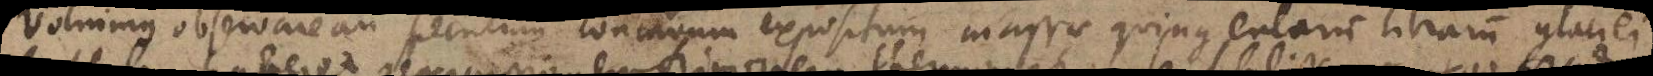
Voluimus observare an speculum concavum expositum massae quingentarum librarum glaciei